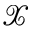
\mathcal { X }